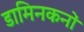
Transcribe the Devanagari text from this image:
डामिनकनों